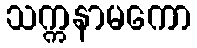
သက္ကနာမကော